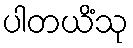
ပါတယိံသု